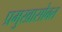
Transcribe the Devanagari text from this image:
प्रमुखासोबत